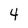
Character: 4